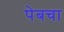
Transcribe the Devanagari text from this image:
पेबचा